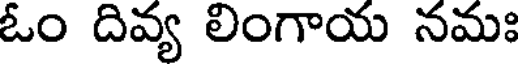
ఓం దివ్య లింగాయ నమః